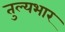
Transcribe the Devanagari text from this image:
तुल्‍यभार